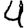
Digit: 4